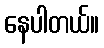
နေပါတယ်။